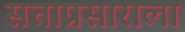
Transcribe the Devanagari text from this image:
सत्ताप्रसाराला